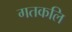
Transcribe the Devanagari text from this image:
गतकलि